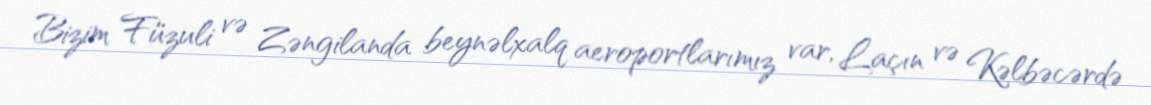
Bizim Füzuli və Zəngilanda beynəlxalq aeroportlarımız var, Laçın və Kəlbəcərdə